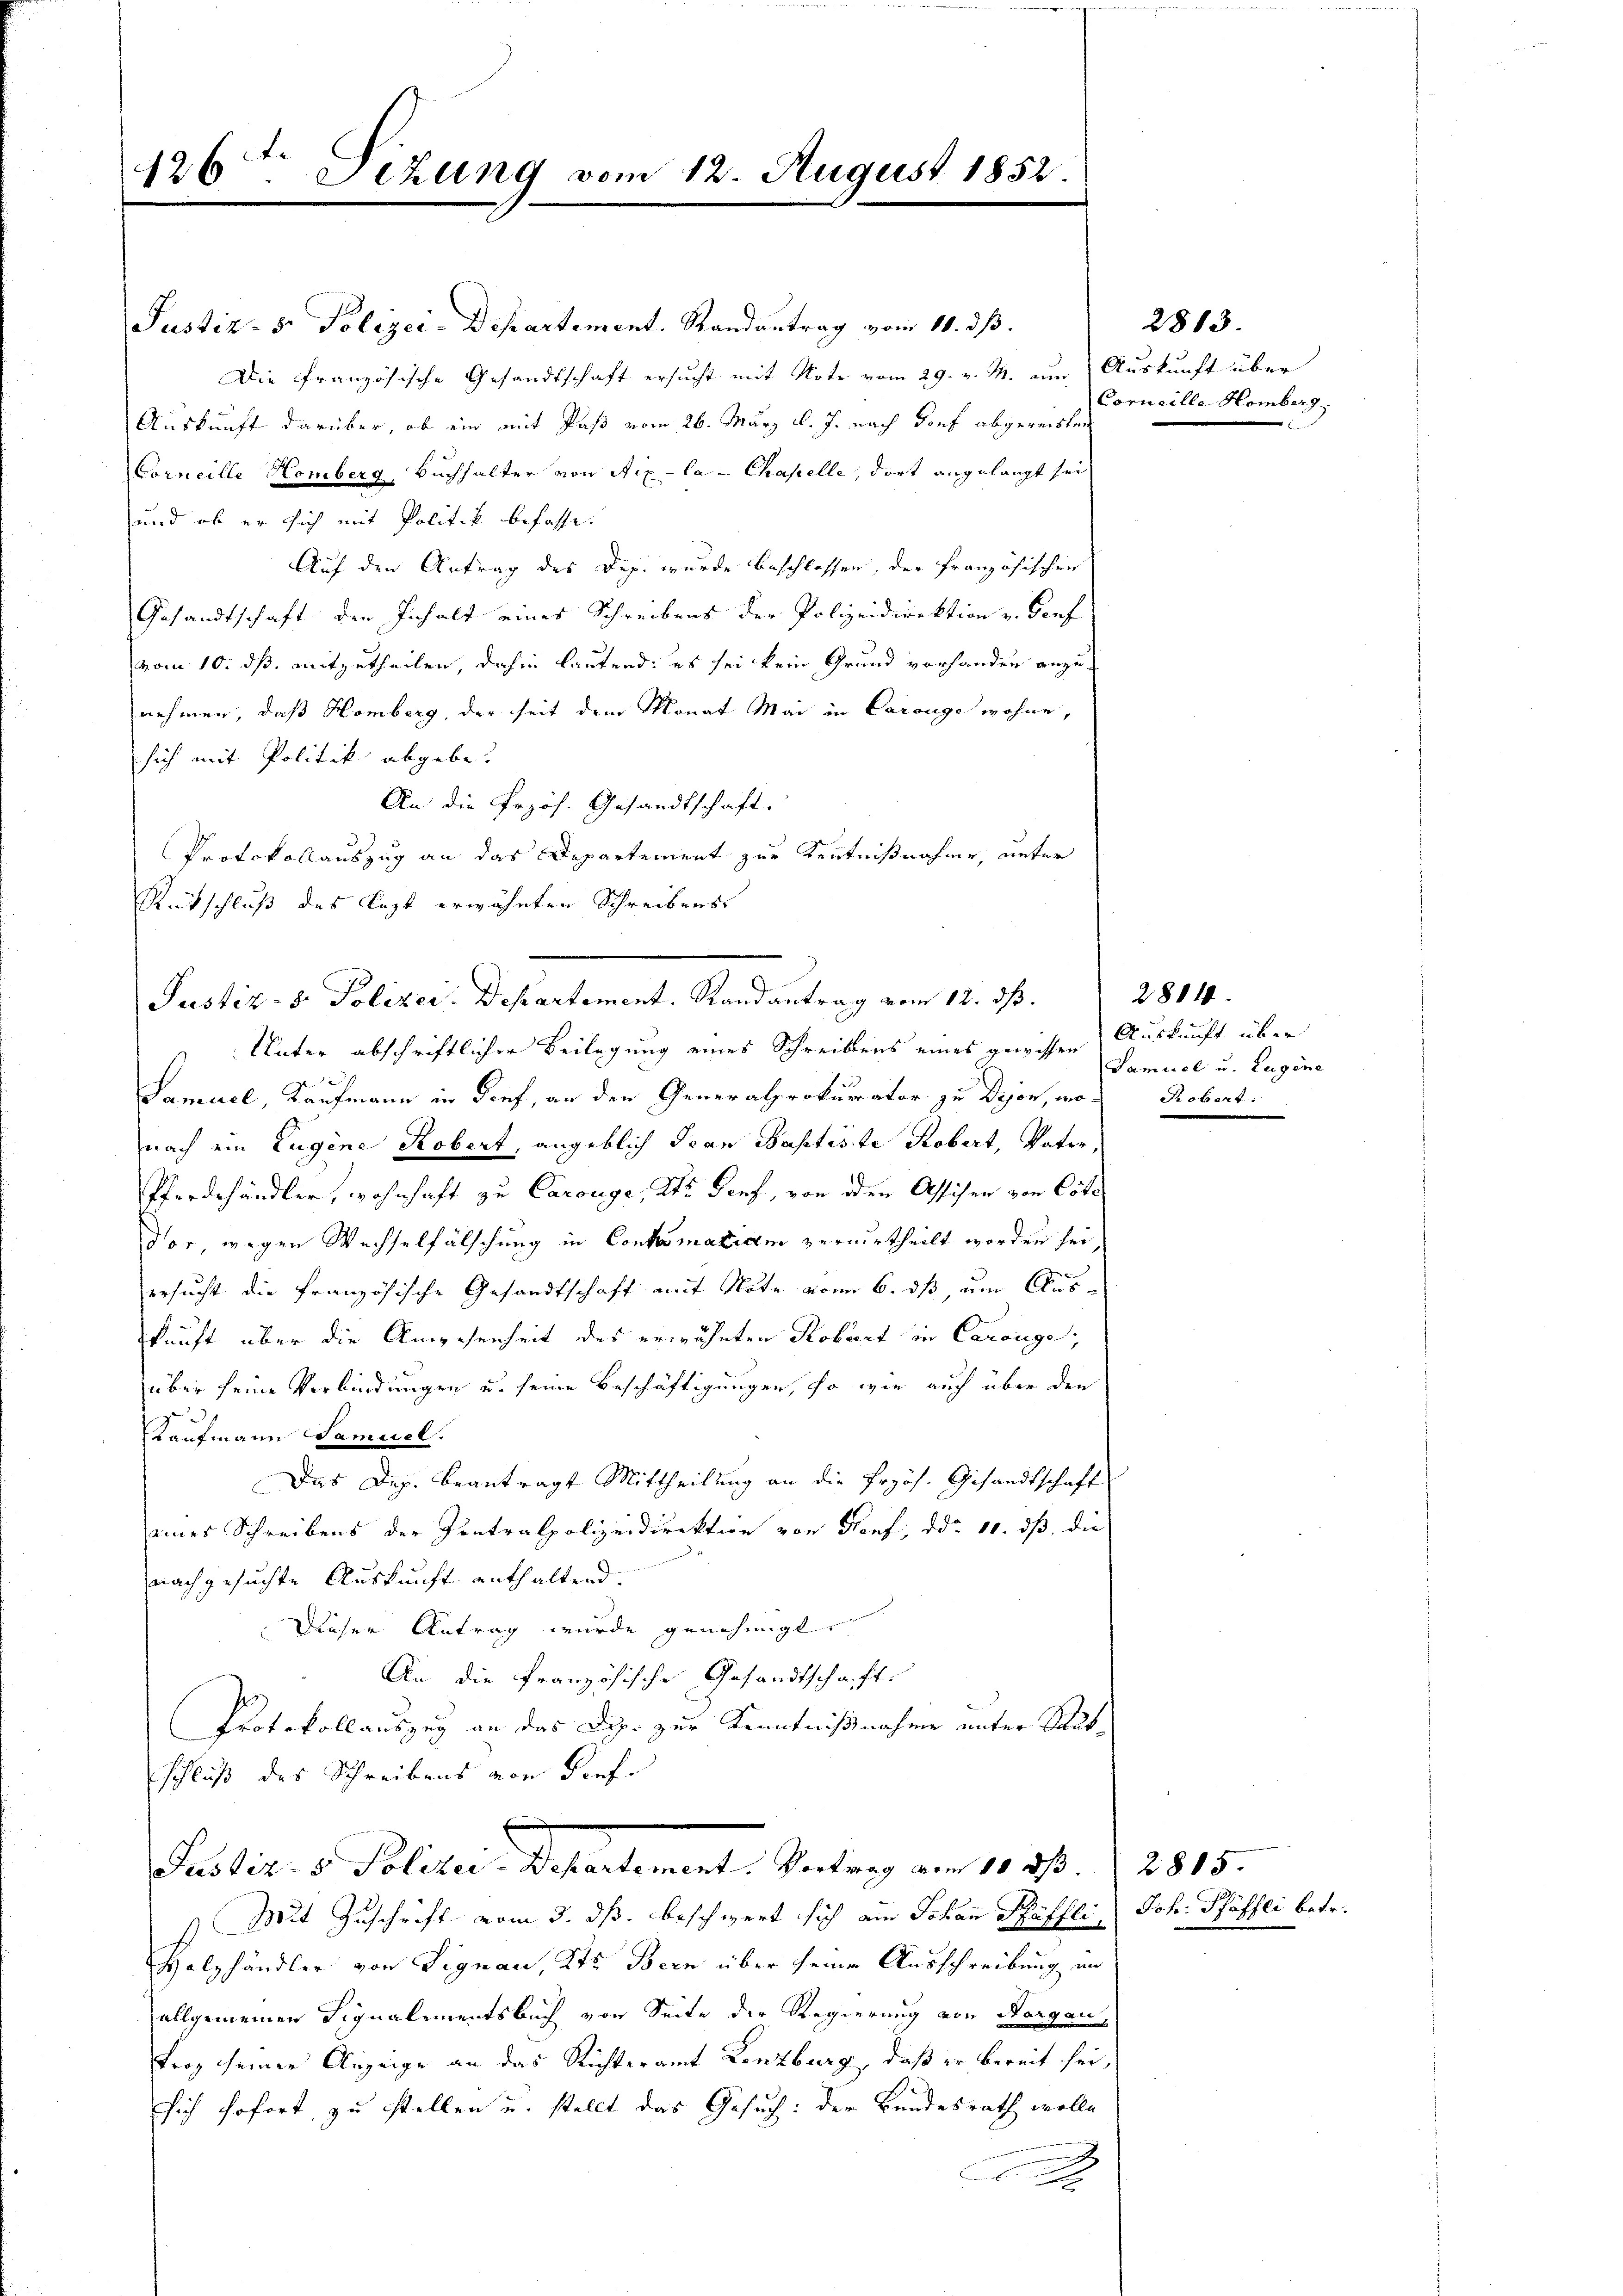
Justiz- & Polizei-Departement. Randantrag vom 11. dß.
Die französische Gesandtschaft ersucht mit Note vom 29. v. M. um Auskunft über
Auskunft darüber, ob ein mit Paß vom 26. März l. J. nach Torf abgereisten
Corneille Homberg, Buchhalter von Aix-la-Chapelle, dort angelangt sei,
und ob er sich mit Politik befasse.
Auf den Antrag des Dep. wurde beschlossen, der französischer
Gesandtschaft der Inhalt eines Schreibens der Polizeidirektion v. Genf
vom 10. ds. mitzutheilen, dahin laufend: es sei kein Grund vorhanden anzunehmen, daß Homberg, der seit dem Monat Mai in Carouge wohne,
sich mit Politik abgebe.
An die Przös. Gesandtschaft.
Protokollauszug an das Departement zur Kenntnißnahme, unter
Rutschluß des lezt erwähnten Schreibens
Unter abschriftlicher Beilegung eines Schreibens eines gewissen
1
Samuel, Kaufmann in dief, an den Generalprokurator zu Dejon, monach ein Eugene Robert, angeblich dran Baptiste Robert, Vater
Pferdehändler, wohnhaft zu Carouge, St. Genf, von den Assisen von Cöte
dor, wegen Wechselfälschung in Contomatiam verurtheilt worden sei
ersucht die französische Gesandtschaft mit Note vom 6. ds, um Auskunft über die Anwesenheit des erwähnten Robert in Carouge;
über seine Verbindungen u. seine Beschäftigungen, so wie auch über den
Kaufmann Samuel.
Das Dez. beantragt Mittheilung an die frzös. Gesandtschaft
eines Schreibens der Zentralpolizeidirektion von Hanf, ddo. 10. dß die
nachgesuchte Auskunft enthaltend.
Dieser Antrag wurde genehmigt.
An die französische Gesandtschaft.
Protokollauszug an das Dip. zur Kenntnißnahme unter Raubschluß des Schreibens von diefe
Pusler. v. Polizei. Departement. Vertrag von 11. d. 2815.
s Mit Zuschrift vom 3. ds. beschwert sich am Johan Päffli, Joh. Pfäffei betr.
Halzhändler von Signau, Kts. Bern über seine Ausschreibung an
allgemeinen Signalementsbuch von Seite die Regierung von Aargau,
Froz seiner Anzeige an das Richteramt Lenzburg, daß er bereit sei,
sich sofort, zu stellen u. stellt das Gesuch: der Bundesrath wolle
.

126ten Sizung vom 12. August 1852
G

Justiz- & Polizei. Departement. Randantrag vom 12. ds. 2884.

2813.
Corneille Homberg

Auskunft über
Samuel u. Eugene
Robert.